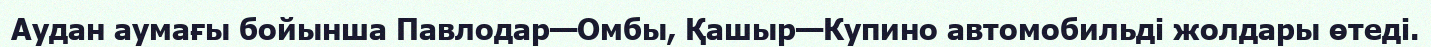
Аудан аумағы бойынша Павлодар—Омбы, Қашыр—Купино автомобильді жолдары өтеді.